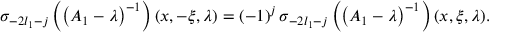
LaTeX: \sigma _ { - 2 l _ { 1 } - j } \left( \left( A _ { 1 } - \lambda \right) ^ { - 1 } \right) ( x , - \xi , \lambda ) = \left( - 1 \right) ^ { j } \sigma _ { - 2 l _ { 1 } - j } \left( \left( A _ { 1 } - \lambda \right) ^ { - 1 } \right) ( x , \xi , \lambda ) .